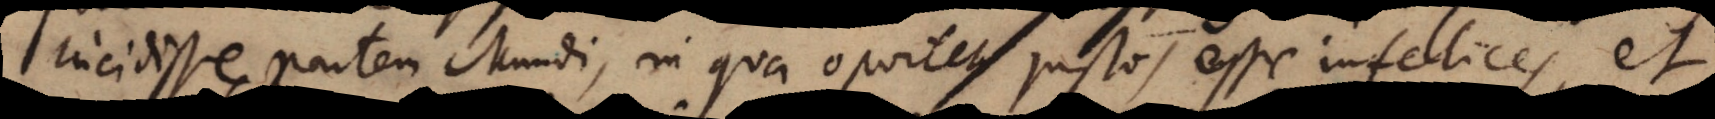
incidisse partem Mundi, in qua oportet justos esse infelices, et